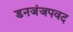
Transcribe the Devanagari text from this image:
डनजंजपवद